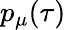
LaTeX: p_{\mu}(\tau)